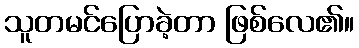
သူတမင်ပြောခဲ့တာ ဖြစ်လေ၏။